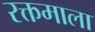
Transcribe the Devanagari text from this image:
रक्तमाला